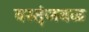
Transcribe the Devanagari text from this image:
वस्तूंजवळ